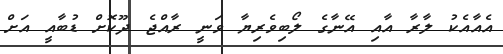
އެއާއެކު ލާރާ އާއި އޭނާގެ ލޯބިވެރިޔާ ވަނީ ރާއްޖެ ދޫކޮށް ޑުބާއީ އަށް